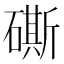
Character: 𥕶